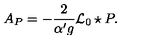
A _ { P } = - \frac { 2 } { { \alpha ^ { \prime } } g } { \mathcal { L } _ { 0 } } \star P .